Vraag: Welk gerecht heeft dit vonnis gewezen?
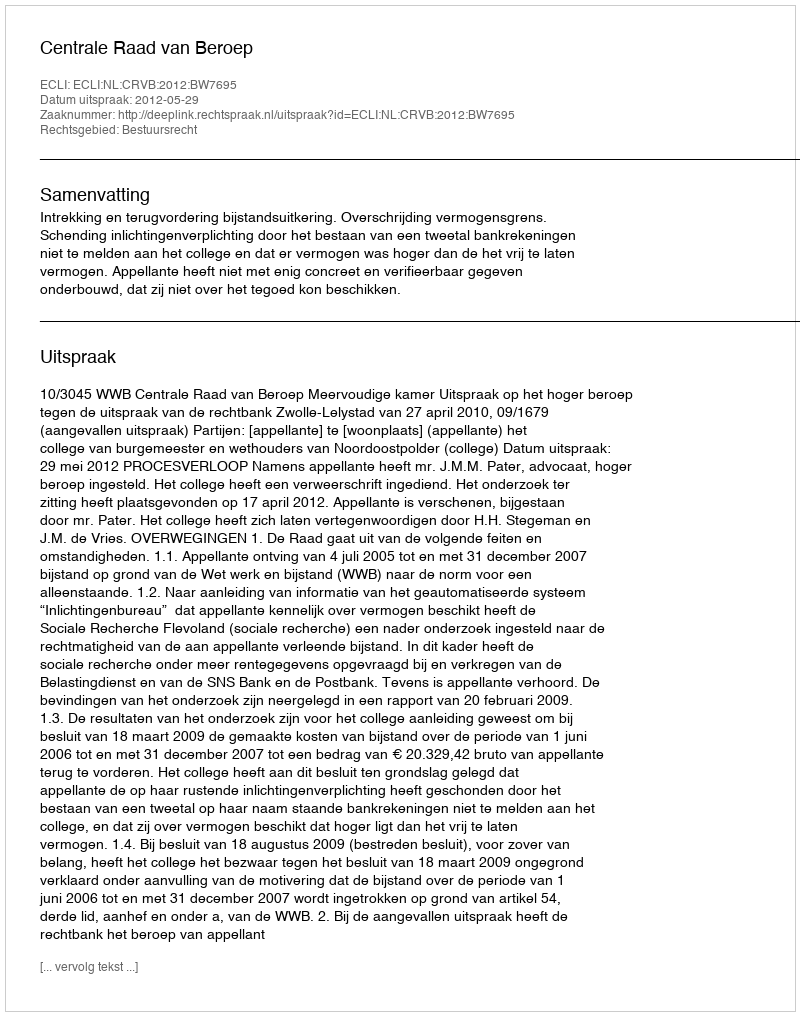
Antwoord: Centrale Raad van Beroep